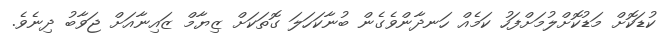
ކުޑަކޮށް މަޑުކޮށްލުމަށްފަހު ކަމެއް ހަނދާންވެގެން ބުނާކަހަލަ ގޮތަކަށް ޒިޔާމް ޒައިނާއަށް ޖަވާބު ދިނެވެ.